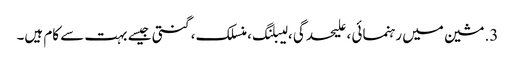
3. مشین میں رہنمائی ، علیحدگی ، لیبلنگ ، منسلک ، گنتی جیسے بہت سے کام ہیں۔